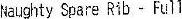
NAUGHTY SPARE RIB - FULL